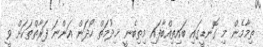
ތިމާމެން މި ގޮނޑީގައި ބައިތިއްބާފައި މިތިބެނީ ޚިދުމަތް ހޯދަން އަންނަ ފަރާތްތަކަށް ވީ